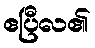
ဧပြီလ၏